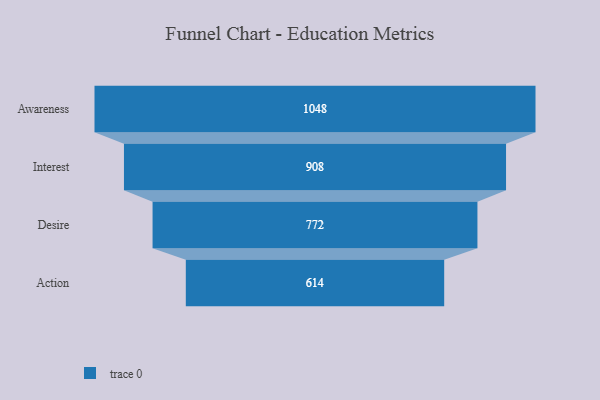
{"axis": {"x": "Stage", "y": "Value"}, "legend": [""], "data": [{"x": "Awareness", "y": 1048.0, "type": ""}, {"x": "Interest", "y": 908.0, "type": ""}, {"x": "Desire", "y": 772.0, "type": ""}, {"x": "Action", "y": 614.0, "type": ""}]}